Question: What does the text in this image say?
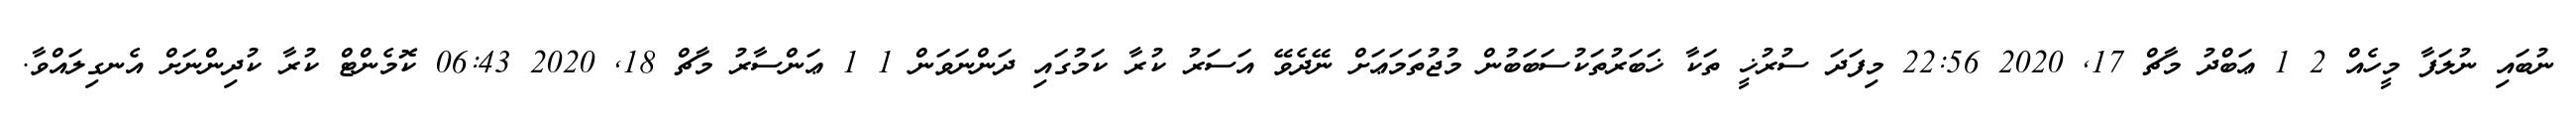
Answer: ނުބައި ނުލަފާ މީހެއް 2 1 ޢަބްދު މާޗް 17, 2020 22:56 މިފަދަ ސުރުޚީ ތަކާ ޚަބަރުތަކުސަބަބުން މުޖުތަމަޢަށް ނޭދެވޭ އަސަރު ކުރާ ކަމުގައި ދަންނަވަން 1 1 ޢަންސާރު މާޗް 18, 2020 06:43 ކޮމެންޓް ކުރާ ކުދިންނަށް އެނގިލައްވާ.